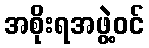
အစိုးရအဖွဲ့ဝင်